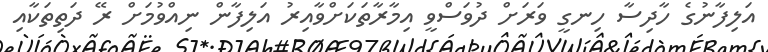
އަލިފާނުގެ ހާދިސާ ހިނގީ ވަރަށް ދުވަސްވީ އިމާރާތަކަށްވާއިރު އަލިފާން ނިއްވުމަށް ރޭ ދަތިތަކާއި